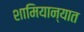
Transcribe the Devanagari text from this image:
शामियान्यात